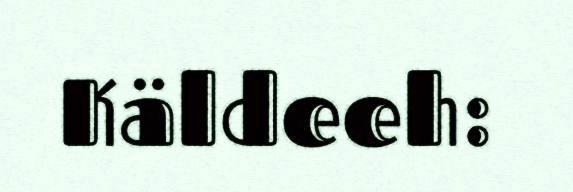
Käldeeh: